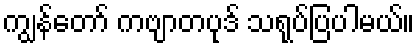
ကျွန်တော် ကဗျာတပုဒ် သရုပ်ပြပါမယ်။